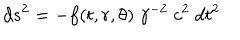
d s ^ { 2 } = - f ( t , r , \theta ) \; \gamma ^ { - 2 } \; c ^ { 2 } \; d t ^ { 2 }